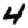
Digit: 4